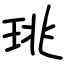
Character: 珧